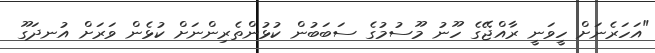
"އަހަރެނަށް ހީވަނީ ރާއްޖޭގެ ހޫނު މޫސުމުގެ ސަބަބުން ކުޅުންތެރިންނަށް ކުޅެން ވަރަށް އުނދަގޫ